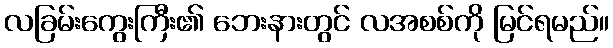
လခြမ်းကွေးကြီး၏ ဘေးနားတွင် လအစစ်ကို မြင်ရမည်။